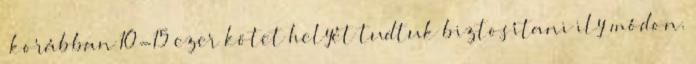
„korábban 10-15 ezer kötet helyét tudtuk biztosítani ily módon.